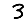
Digit: 3